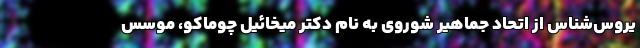
یروس‌شناس از اتحادِ جماهیرِ شوروی به نامِ دکتر میخائیل چوماکو، موسس